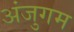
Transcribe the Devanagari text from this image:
अंजुगम